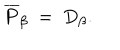
\overline { { { P } } } _ { \beta } ~ = ~ D _ { \beta } .